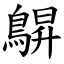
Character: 鵿